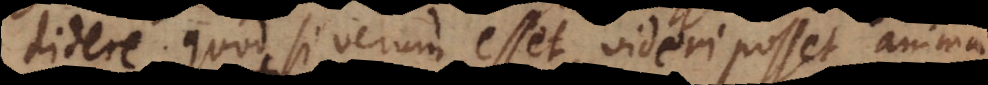
didere, quod si verum esset, videri posset anima